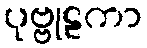
ပုဗ္ဗုဠကာ